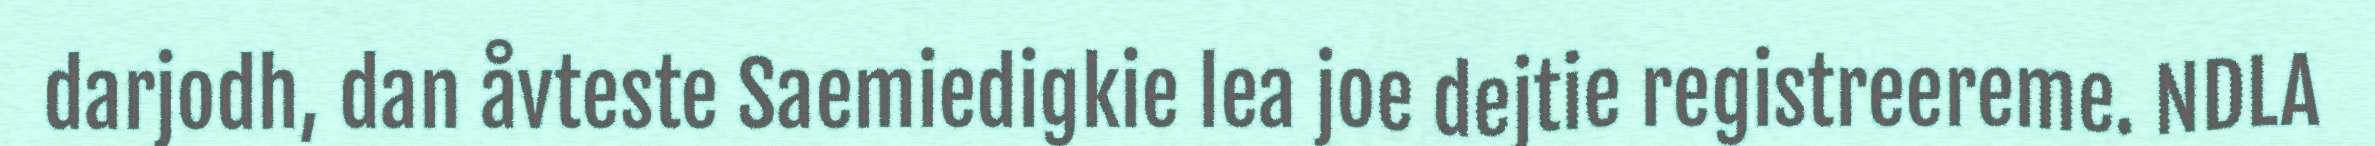
darjodh, dan åvteste Saemiedigkie lea joe dejtie registreereme. NDLA